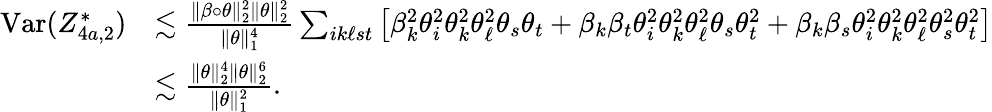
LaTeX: \begin{array}{rl}{\mathrm{Var}(Z_{4a,2}^{*})}&{\lesssim\frac{\| \beta\circ\theta\| _{2}^{2}\| \theta\| _{2}^{2}}{\| \theta\| _{1}^{4}}\sum_{ik\ell st}\big[\beta_{k}^{2}\theta_{i}^{2}\theta_{k}^{2}\theta_{\ell}^{2}\theta_{s}\theta_{t}+\beta_{k}\beta_{t}\theta_{i}^{2}\theta_{k}^{2}\theta_{\ell}^{2}\theta_{s}\theta_{t}^{2}+\beta_{k}\beta_{s}\theta_{i}^{2}\theta_{k}^{2}\theta_{\ell}^{2}\theta_{s}^{2}\theta_{t}^{2}\big]}\\ &{\lesssim\frac{\| \theta\| _{2}^{4}\| \theta\| _{2}^{6}}{\| \theta\| _{1}^{2}}.}\end{array}